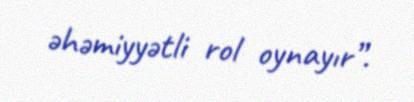
əhəmiyyətli rol oynayır”.